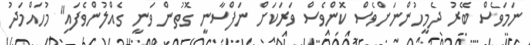
ނަމަވެސް ބޭރު ދެމީހުންނަށްވެސް ކޮންވެސް ވަރަކަށް ނަފްސާނީ ގޮތުން ވަނީ ގެއްލުންވެފައި" މުހައްމަދު